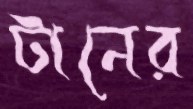
টানের